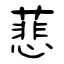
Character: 蕜